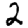
Digit: 2